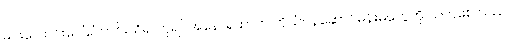
မင်းလောင်းပေါ်ကြောင်းသိ၍ ဘုရင်အနော်ရထာက ကိုယ်ဝန်ဆောင်မိန်းမတွေကို သတ်စေ သည်။